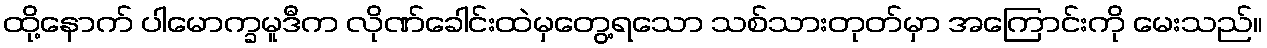
ထို့နောက် ပါမောက္ခမူဒီက လိုဏ်ခေါင်းထဲမှတွေ့ရသော သစ်သားတုတ်မှာ အကြောင်းကို မေးသည်။